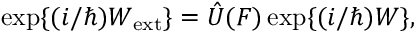
\mathrm { e x p } \{ ( i / \hbar ) W _ { \mathrm { e x t } } \} = \hat { U } ( F ) \, \mathrm { e x p } \{ ( i / \hbar ) W \} ,